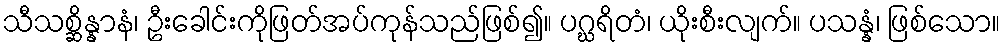
သီသစ္ဆိန္နာနံ၊ ဦးခေါင်းကိုဖြတ်အပ်ကုန်သည်ဖြစ်၍။ ပဂ္ဃရိတံ၊ ယိုးစီးလျက်။ ပသန္နံ၊ ဖြစ်သော။